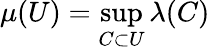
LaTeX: \mu(U)=\operatorname*{sup}_{C\subset U}\lambda(C)